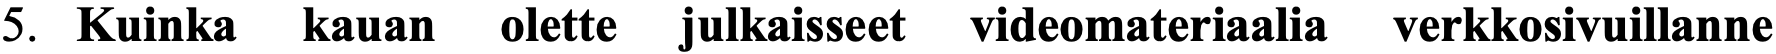
5. Kuinka kauan olette julkaisseet videomateriaalia verkkosivuillanne